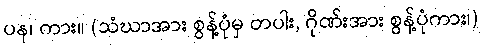
ပန၊ ကား။ (သံဃာအား စွန့်ပုံမှ တပါး, ဂိုဏ်းအား စွန့်ပုံကား၊)